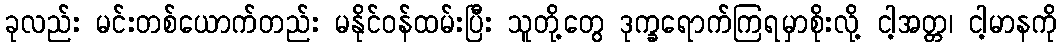
ခုလည်း မင်းတစ်ယောက်တည်း မနိုင်ဝန်ထမ်းပြီး သူတို့တွေ ဒုက္ခရောက်ကြရမှာစိုးလို့ ငါ့အတ္တ၊ ငါ့မာနကို